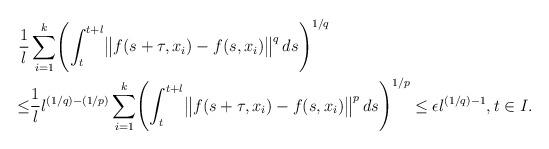
LaTeX: \begin{align*}\frac{1}{l}&\sum_{i=1}^{k}\Biggl(\int^{t+l}_{t} \bigl\| f(s+\tau,x_{i})-f(s,x_{i})\bigr\|^{q}\, ds \Biggr)^{1/q}\\ \leq & \frac{1}{l}l^{(1/q)-(1/p)}\sum_{i=1}^{k}\Biggl(\int^{t+l}_{t} \bigl\| f(s+\tau,x_{i})-f(s,x_{i})\bigr\|^{p}\, ds \Biggr)^{1/p}\leq \epsilon l^{(1/q)-1},t\in I.\end{align*}